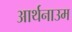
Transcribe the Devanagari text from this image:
आर्थनाउम